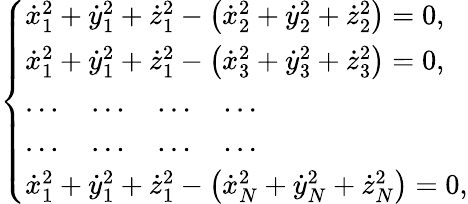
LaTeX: \left\{ \begin{array}{l}{{\dot{x}}_{1}^{2}+{\dot{y}}_{1}^{2}+{\dot{z}}_{1}^{2}-\left({\dot{x}}_{2}^{2}+{\dot{y}}_{2}^{2}+{\dot{z}}_{2}^{2}\right)=0,}\\ {{\dot{x}}_{1}^{2}+{\dot{y}}_{1}^{2}+{\dot{z}}_{1}^{2}-\left({\dot{x}}_{3}^{2}+{\dot{y}}_{3}^{2}+{\dot{z}}_{3}^{2}\right)=0,}\\ {\dots\quad\dots\quad\dots\quad\dots}\\ {\dots\quad\dots\quad\dots\quad\dots}\\ {{\dot{x}}_{1}^{2}+{\dot{y}}_{1}^{2}+{\dot{z}}_{1}^{2}-\left({\dot{x}}_{N}^{2}+{\dot{y}}_{N}^{2}+{\dot{z}}_{N}^{2}\right)=0,}\end{array}\right.